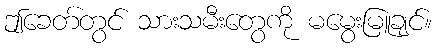
ဤခေတ်တွင် သားသမီးတွေကို မမွေးမြူချင်။